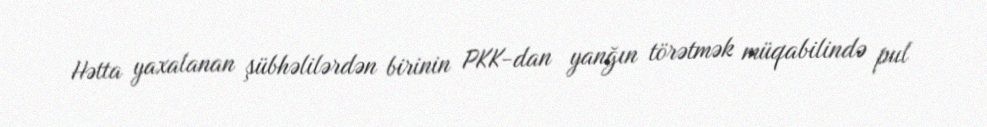
Hətta yaxalanan şübhəlilərdən birinin PKK-dan yanğın törətmək müqabilində pul